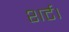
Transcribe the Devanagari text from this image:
शर्ट।